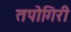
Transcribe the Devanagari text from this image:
तपोगिरी